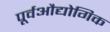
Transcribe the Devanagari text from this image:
पूर्वऔद्योगिक